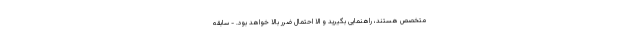
متخصص هستند، راهنمایی بگیرید و الا احتمال ضرر بالا خواهد بود. - سابقه